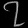
Digit: ၇